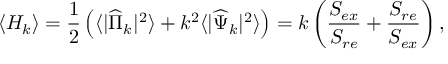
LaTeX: \langle H _ { k } \rangle = { \frac { 1 } { 2 } } \left( \langle | { \widehat \Pi } _ { k } | ^ { 2 } \rangle + k ^ { 2 } \langle | { \widehat \Psi } _ { k } | ^ { 2 } \rangle \right) = k \left( { \frac { S _ { e x } } { S _ { r e } } } + { \frac { S _ { r e } } { S _ { e x } } } \right) ,